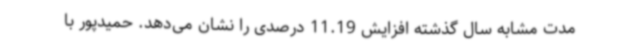
مدت مشابه سال گذشته افزایش 11.19 درصدی را نشان می‌دهد. حمیدپور با